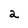
Character: a